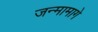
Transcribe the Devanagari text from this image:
जन्मामागे